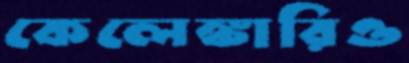
কেলেঙ্কারিও